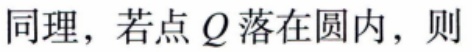
同理，若点\(Q\)落在圆内，则